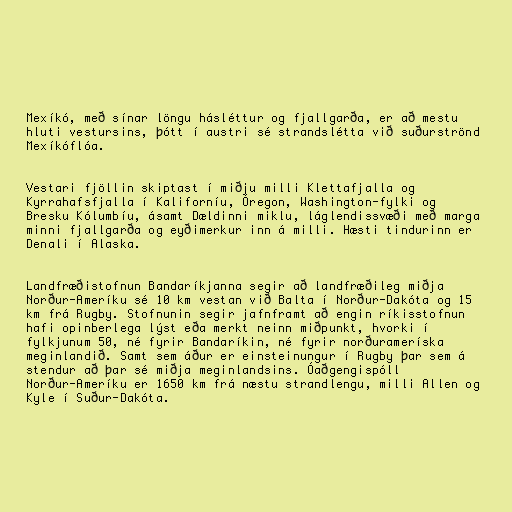
Mexíkó, með sínar löngu hásléttur og fjallgarða, er að mestu
hluti vestursins, þótt í austri sé strandslétta við suðurströnd
Mexíkóflóa.

Vestari fjöllin skiptast í miðju milli Klettafjalla og
Kyrrahafsfjalla í Kaliforníu, Óregon, Washington-fylki og
Bresku Kólumbíu, ásamt Dældinni miklu, láglendissvæði með marga
minni fjallgarða og eyðimerkur inn á milli. Hæsti tindurinn er
Denali í Alaska.

Landfræðistofnun Bandaríkjanna segir að landfræðileg miðja
Norður-Ameríku sé 10 km vestan við Balta í Norður-Dakóta og 15
km frá Rugby. Stofnunin segir jafnframt að engin ríkisstofnun
hafi opinberlega lýst eða merkt neinn miðpunkt, hvorki í
fylkjunum 50, né fyrir Bandaríkin, né fyrir norðurameríska
meginlandið. Samt sem áður er einsteinungur í Rugby þar sem á
stendur að þar sé miðja meginlandsins. Óaðgengispóll
Norður-Ameríku er 1650 km frá næstu strandlengu, milli Allen og
Kyle í Suður-Dakóta.